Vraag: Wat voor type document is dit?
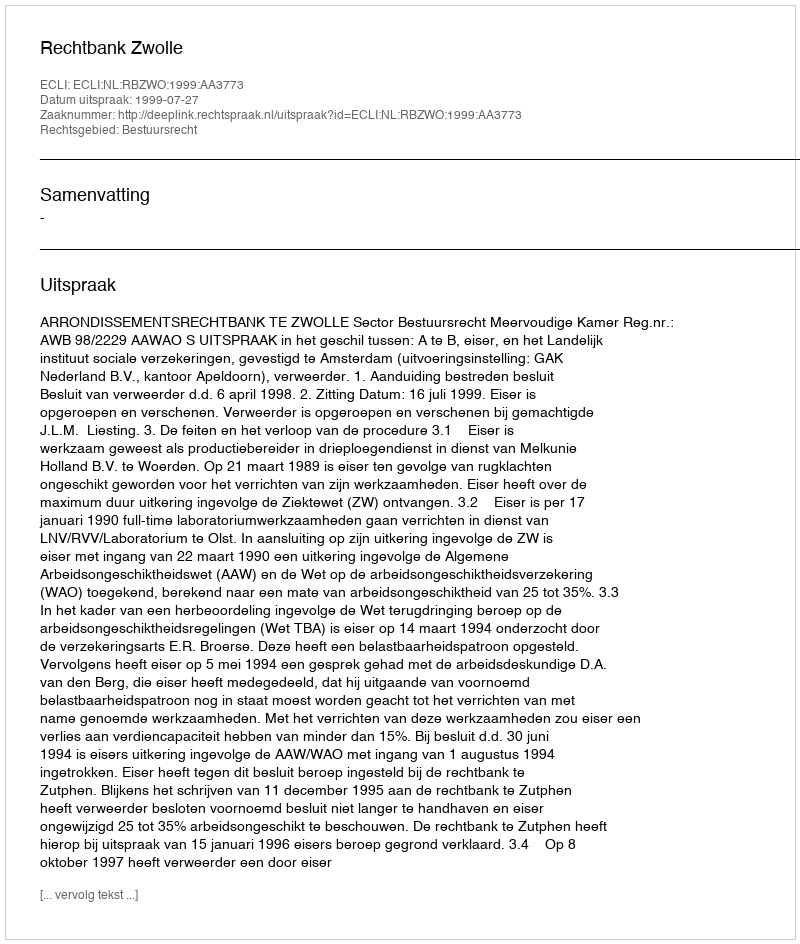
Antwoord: Uitspraak